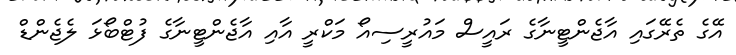
އޭގެ ތެރޭގައި އާޖެންޓީނާގެ ރައީސް މައުރީސިއޯ މަކްރީ އާއި އާޖެންޓީނާގެ ފުޓްބޯޅަ ލެޖެންޑް